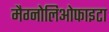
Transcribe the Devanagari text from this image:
मैग्नोलिओफाइटा